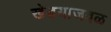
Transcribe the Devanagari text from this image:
खेडयाजवळ